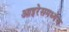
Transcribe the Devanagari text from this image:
आइरेसमध्येच